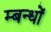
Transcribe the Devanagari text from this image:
म्बन्धों